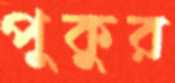
পুকুর